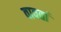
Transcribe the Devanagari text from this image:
वावर्ता